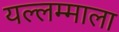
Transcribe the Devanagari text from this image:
यल्लम्माला